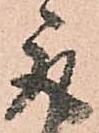
取